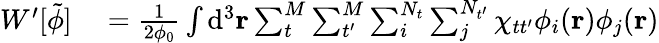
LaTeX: \begin{array}{rl}{W^{\prime}[\tilde{\phi}]}&{{}=\frac{1}{2\phi_{0}}\int\mathrm{d}^{3}\mathbf{r}\sum_{t}^{M}\sum_{t^{\prime}}^{M}\sum_{i}^{N_{t}}\sum_{j}^{N_{t^{\prime}}}\chi_{tt^{\prime}}\phi_{i}(\mathbf{r})\phi_{j}(\mathbf{r})}\end{array}